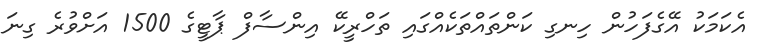
އެކަމަކު އޭގެފަހުން ހިނގި ކަންތައްތަކެއްގައި ތަހްރީކޭ އިންސާފް ޕާޓީގެ 1500 އަށްވުރެ ގިނަ